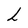
Character: L